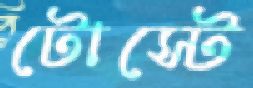
টোস্টে